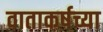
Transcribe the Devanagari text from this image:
वाताकर्षच्या